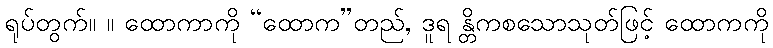
ရုပ်တွက်။ ။ ထောကာကို “ထောက”တည်, ဒူရ န္တိကစသောသုတ်ဖြင့် ထောကကို